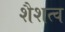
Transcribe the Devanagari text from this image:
शैशत्व